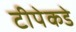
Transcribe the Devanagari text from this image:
टीपेकडे